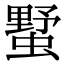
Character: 𧐓